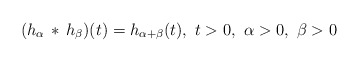
\begin{align*}(h_\alpha\, *\, h_\beta)(t) = h_{\alpha+\beta}(t),\ t>0,\ \alpha>0,\ \beta >0\end{align*}